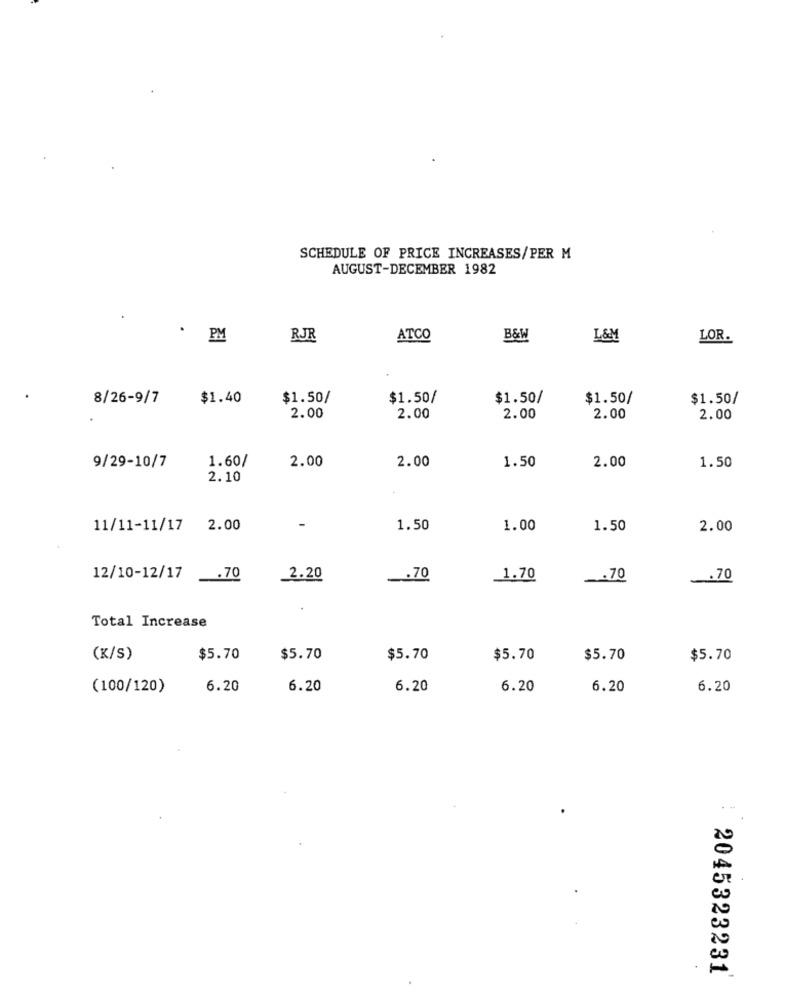
SCHEDULE OF PRICE INCREASES/PER M
AUGUST-DECEMBER 1982
PM
RJR
ATCO
B&W
L&M
LOR.
8/26-9/7
$1.40
$1.50/
$1.50/
$1.50/
$1.50/
$1.50/
2.00
2.00
2.00
2.00
2.00
1.60/
2.00
2.00
2.00
9/29-10/7
1.50
1.50
2.10
11/11-11/17
2.00
-
1.50
1.00
1.50
2.00
12/10-12/17
_. 70
2.20
.. 70
1.70
.70
.70
Total Increase
(K/S)
$5.70
$5.70
$5.70
$5.70
$5.70
$5.70
(100/120)
6.20
6.20
6.20
6.20
6.20
6.20
. -
2045323231